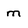
Character: m